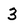
Character: 3